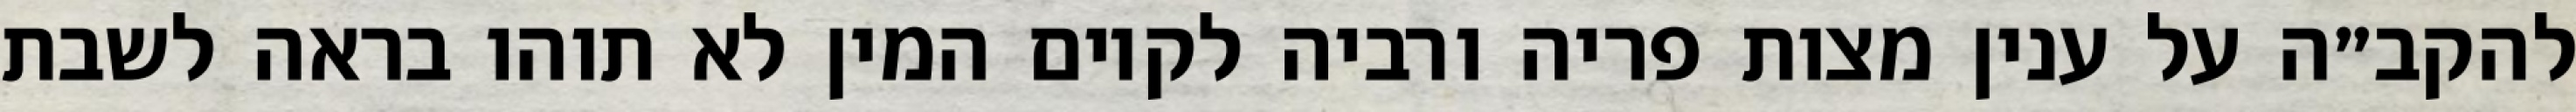
להקב״ה על ענין מצות פריה ורביה לקיום המין לא תוהו בראה לשבת